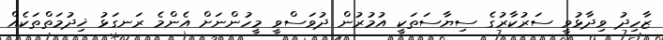
ޒާހިދު ވިދާޅުވީ ސަރުކާރުގެ ސިޔާސަތަކީ އުމުރުން ދުވަސްވީ މީހުންނަށް އެންމެ ރަނގަޅު ޚިދުމަތްތަކެއް